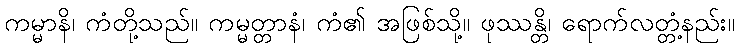
ကမ္မာနိ၊ ကံတို့သည်။ ကမ္မတ္တာနံ၊ ကံ၏ အဖြစ်သို့။ ဖုဿန္တိ၊ ရောက်လတ္တံ့နည်း။